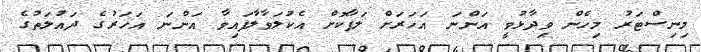
މިނިސްޓަރު މިހެން ވިދާޅުވީ އަންނަ އަހަރަށް ލަފާކޮށް އެކުލަވާލާފައިވާ އަންނަ އަހަރުގެ ދައުލަތުގެ